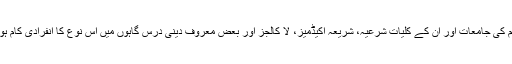
عالم اسلام کی جامعات اور ان کے کلیات شرعیہ، شریعہ اکیڈمیز، لا کالجز اور بعض معروف دینی درس گاہوں میں اس نوع کا انفرادی کام ہو رہا ہے۔